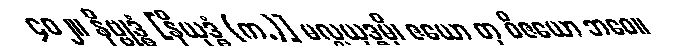
၄၀၂။ နိဗ္ဗုဒ္ဓံ [နိယုဒ္ဓံ (က.)] မလ္လယုဒ္ဓမှိ၊ ဇယော တု ဝိဇယော ဘဝေ။